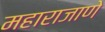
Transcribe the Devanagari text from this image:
महाराजाणे